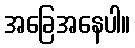
အခြေအနေပါ။